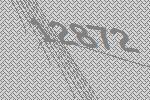
12872